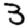
Digit: 3